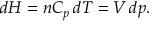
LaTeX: d H = n C _ { p } \, d T = V \, d p .